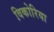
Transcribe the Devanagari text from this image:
विकोरिया